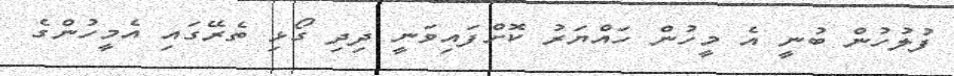
ފުލުހުން ބުނީ އެ މީހުން ހައްޔަރު ކޮށްފައިވަނީ ދިދި ގޯޅި ތެރޭގައި އެމީހުންގެ